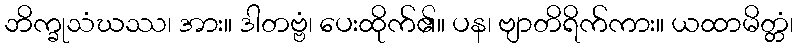
ဘိက္ခုသံဃဿ၊ အား။ ဒါတဗ္ဗံ၊ ပေးထိုက်၏။ ပန၊ ဗျာတိရိက်ကား။ ယထာမိတ္တံ၊